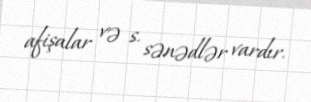
afişalar və s. sənədlər vardır.